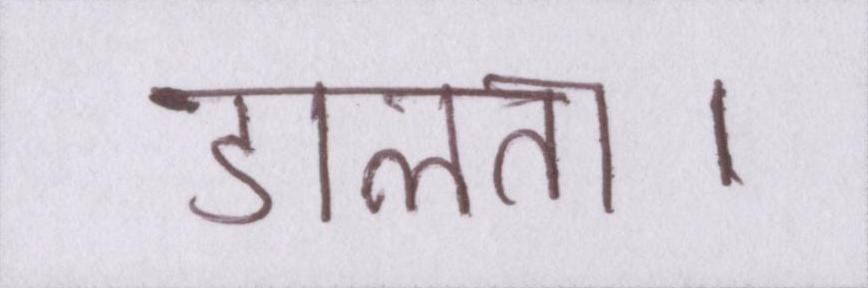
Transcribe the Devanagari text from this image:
डालता।